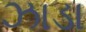
ઝાડા